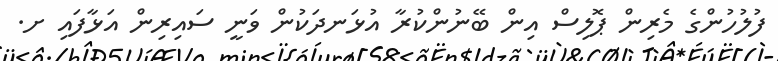
ފުލުހުންގެ މެރިން ޕޮލިސް އިން ބޭނުންކުރާ އުޅަނދަކުން ވަނީ ސައިރިން އަޅާފައި ށ.